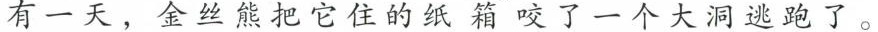
有一天，金丝熊把它住的纸箱咬了一个大洞逃跑了。